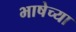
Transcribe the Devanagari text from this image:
भाषेच्‍या